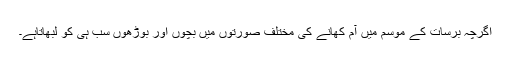
اگرچہ برسات کے موسم میں آم کھانے کی مختلف صورتوں میں بچوں اور بوڑھوں سب ہی کو لبھاتاہے۔